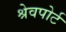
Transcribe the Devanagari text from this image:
श्रेवपोर्ट